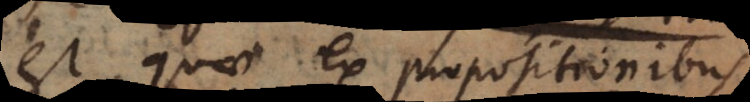
est, quae ex propositionibus